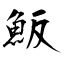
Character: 魬